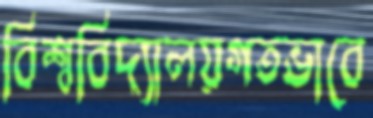
বিশ্ববিদ্যালয়গতভাবে